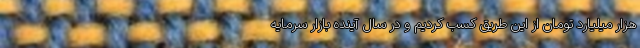
هزار میلیارد تومان از این طریق کسب کردیم و در سال آینده بازار سرمایه